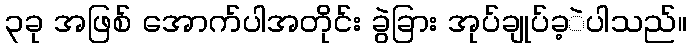
၃ခု အဖြစ် အောက်ပါအတိုင်း ခွဲခြား အုပ်ချုပ်ခ့ဲပါသည်။